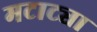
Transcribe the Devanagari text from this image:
मटाट्या